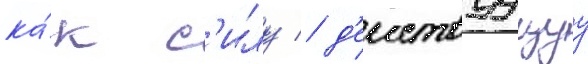
ка́к с'илу / д'еиствуущуу